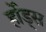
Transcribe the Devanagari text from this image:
र्होड्स